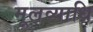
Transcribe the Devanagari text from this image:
मूलव्याधि